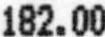
182.00